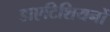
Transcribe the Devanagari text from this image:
डाएटिशियनों